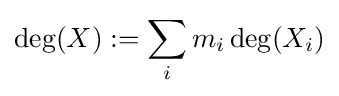
\deg(X):=\sum _{i}m_{i}\deg(X_{i})